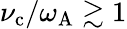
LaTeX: \nu_{\mathrm{c}}/\omega_{\mathrm{A}}\gtrsim 1